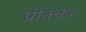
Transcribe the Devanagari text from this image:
प्रीतचंद